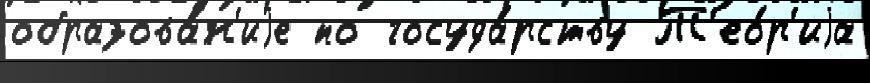
образова́н'иjе по госуда́рству Т'ео́р'иjа